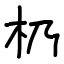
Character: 㭁